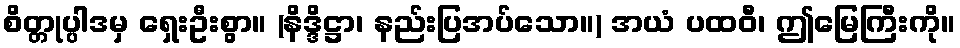
စိတ္တုပ္ပါဒမှ ရှေးဦးစွာ။ (နိဒ္ဒိဋ္ဌာ၊ နည်းပြအပ်သော။) အယံ ပထဝီ၊ ဤမြေကြီးကို။